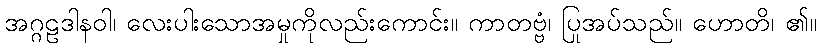
အဂ္ဂဠဒါနဝါ၊ လေးပါးသောအမှုကိုလည်းကောင်း။ ကာတဗ္ဗံ၊ ပြုအပ်သည်။ ဟောတိ၊ ၏။